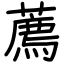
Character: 薦